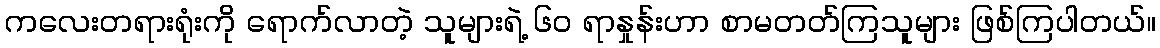
ကလေးတရားရုံးကို ရောက်လာတဲ့ သူများရဲ့ ၆၀ ရာနှုန်းဟာ စာမတတ်ကြသူများ ဖြစ်ကြပါတယ်။